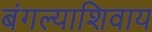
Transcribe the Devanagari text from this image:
बंगल्याशिवाय